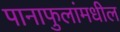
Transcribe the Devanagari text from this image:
पानाफुलांमधील